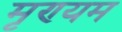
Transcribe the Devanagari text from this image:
मृण्यम